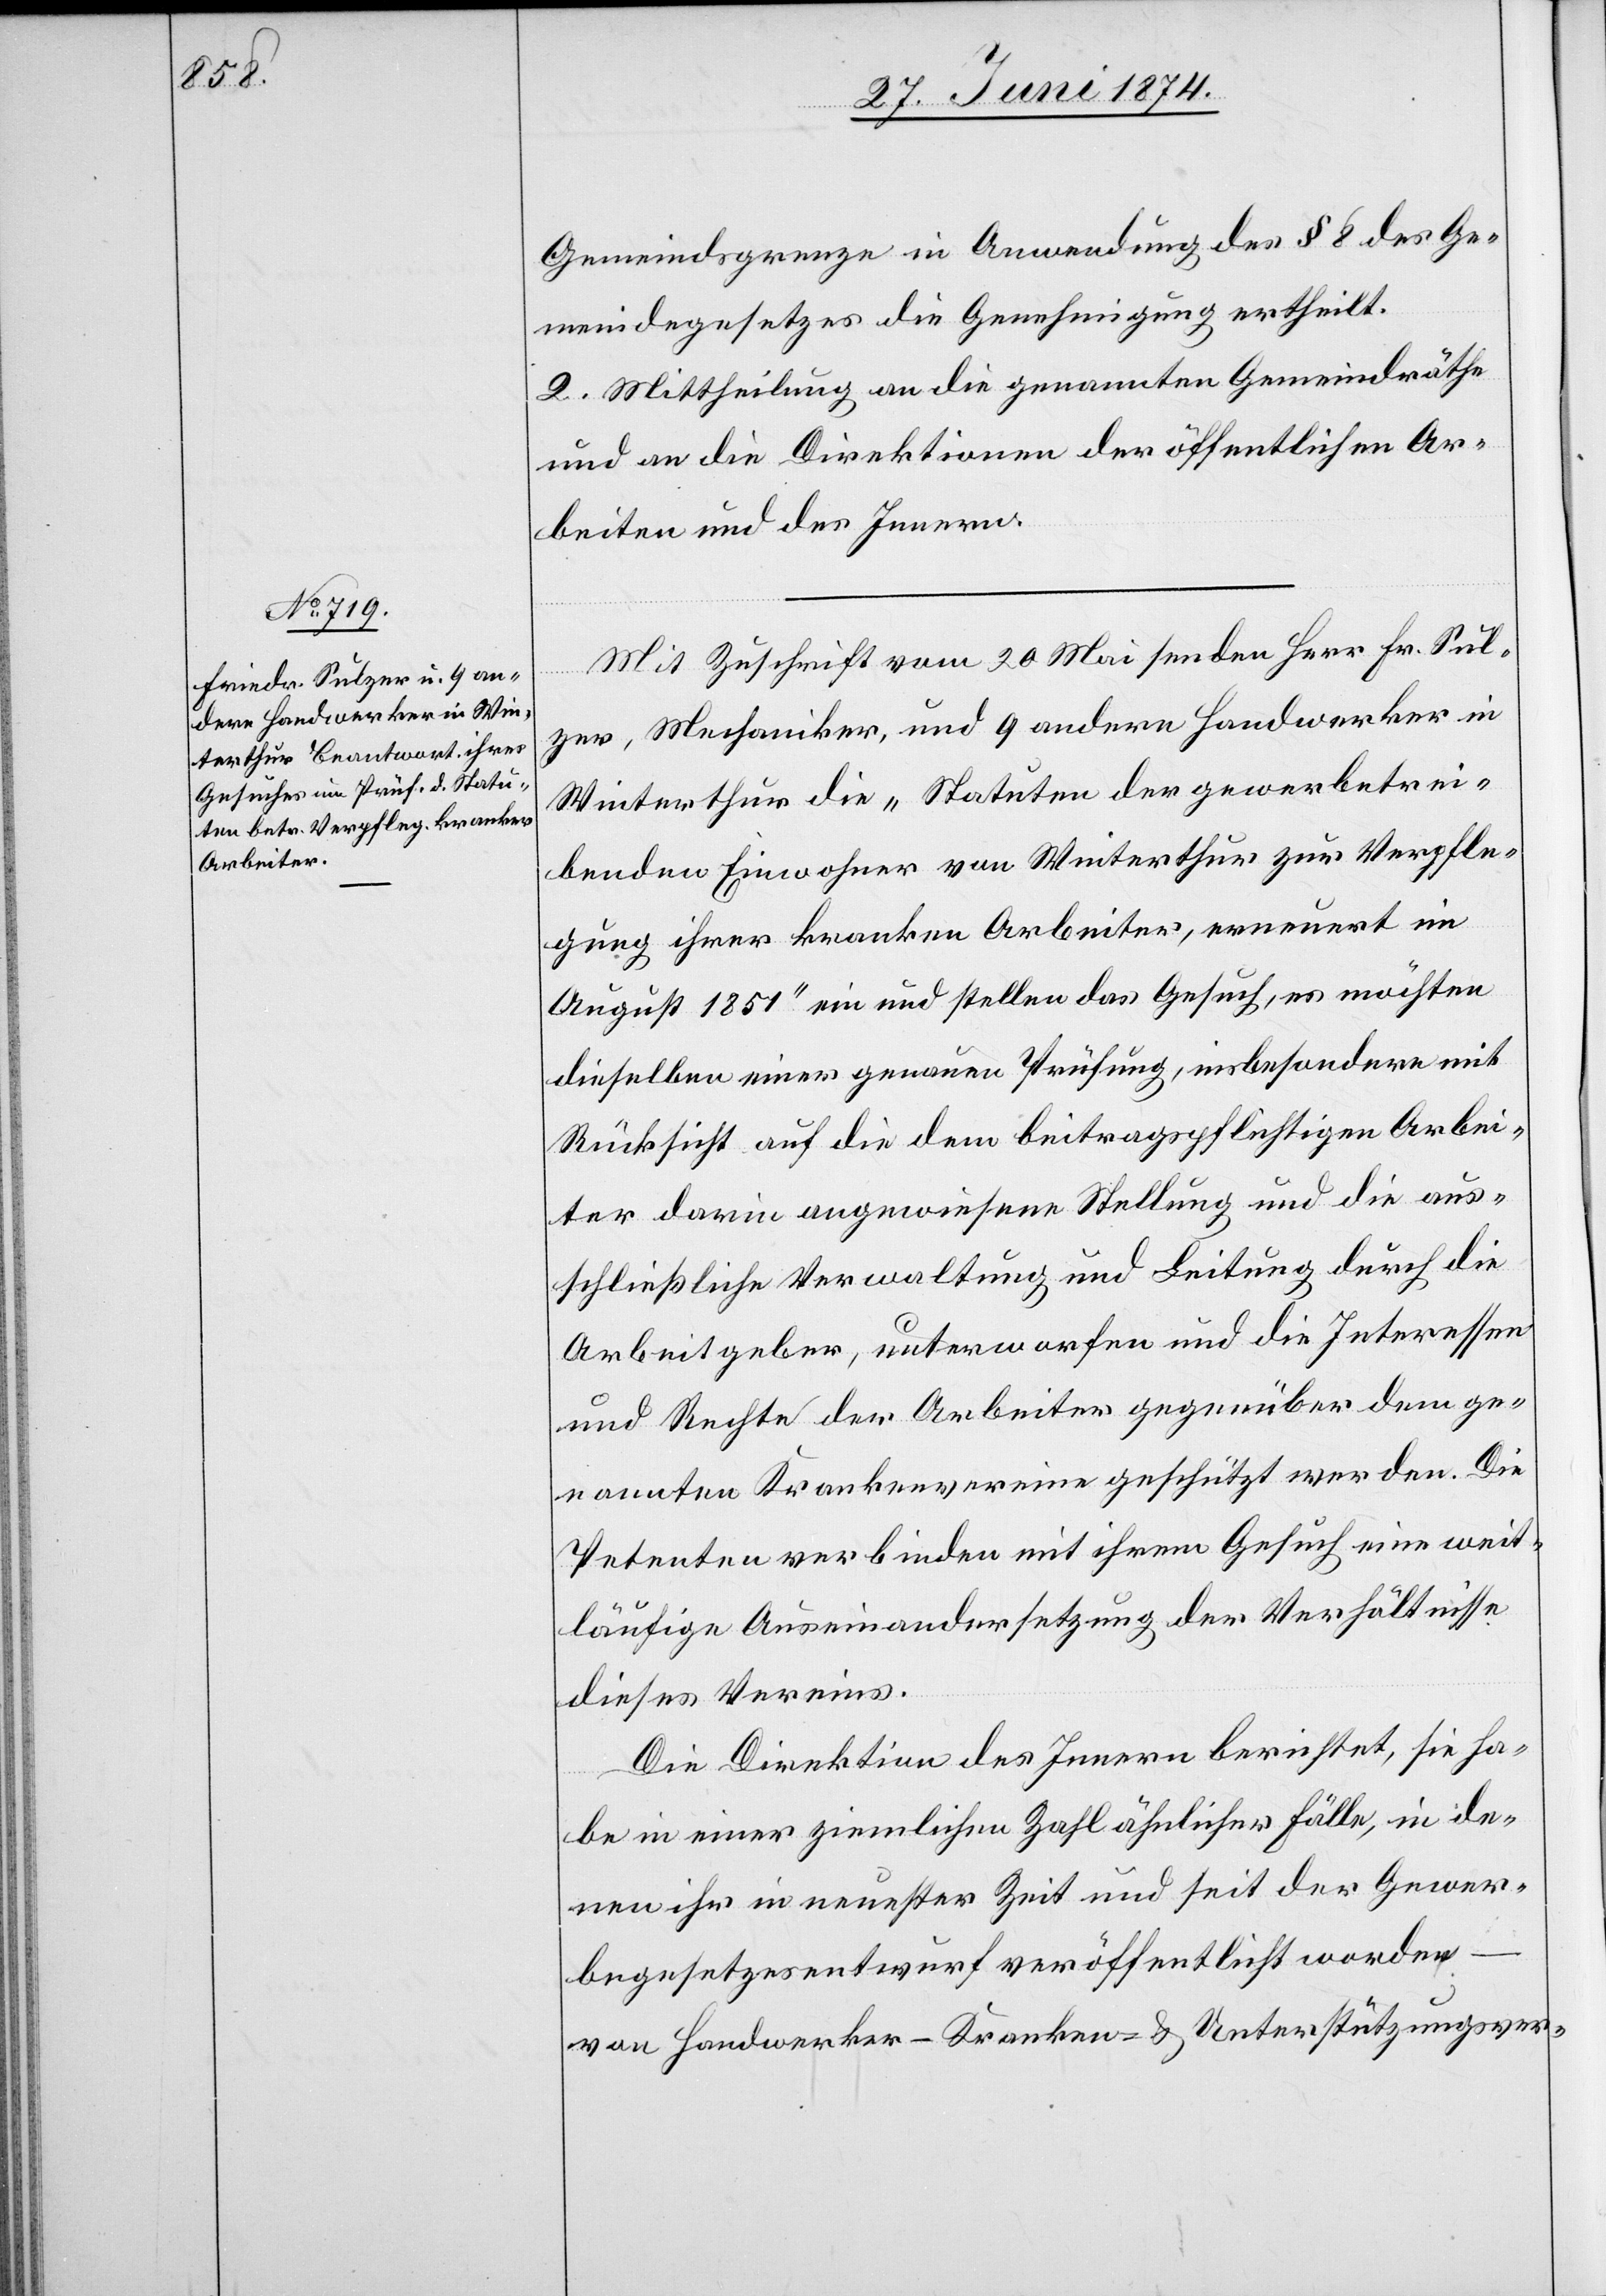
Gemeindsgrenze in Anwendung des § 8 des Ge¬
meindegesetzes die Genehmigung ertheilt.
2. Mittheilung an die genannten Gemeindräthe
und an die Direktion der öffentlichen Ar¬
beiten und des Innern.
Mit Zuschrift vom 20. Mai senden Herr Fr. Sul¬
zer, Mechaniker, und 9 andere Handwerker in
Winterthur die „Statuten der gewerbetrei¬
benden Einwohner von Winterthur zur Verpfle¬
gung ihrer kranken Arbeiter, erneuert im
August 1851“ ein und stellen das Gesuch, es möchten
dieselben einer genauern Prüfung, insbesondere mit
Rücksicht auf die dem beitragspflichtigen Arbei¬
ter darin angewiesene Stellung und die aus¬
schließliche Verwaltung und Leitung durch die
Arbeitgeber, unterworfen und die Interessen
und Rechte der Arbeiter gegenüber dem ge¬
nannten Krankenvereine geschützt werden. Die
Petenten verbinden mit ihrem Gesuch eine weit¬
läufige Auseinandersetzung der Verhältnisse
dieses Vereins.
Die Direktion des Innern berichtet, sie ha¬
be in einer ziemlichen Zahl ähnlicher Fälle, in de¬
nen ihr in neuester Zeit und seit der Gewer¬
begesetzesentwurf veröffentlicht worden
von Handwerker-[,] Kranken- u. Unterstützungsver-